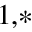
^ { 1 , \ast }